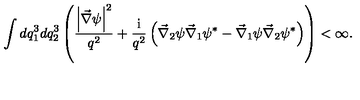
\int d q _ { 1 } ^ { 3 } d q _ { 2 } ^ { 3 } \left( \frac { \left| \vec { \nabla } \psi \right| ^ { 2 } } { q ^ { 2 } } + \frac { \mathrm { i } } { q ^ { 2 } } \left( \vec { \nabla } _ { 2 } \psi \vec { \nabla } _ { 1 } \psi ^ { \ast } - \vec { \nabla } _ { 1 } \psi \vec { \nabla } _ { 2 } \psi ^ { \ast } \right) \right) < \infty .